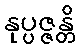
နုပ္ပဇ္ဇန္တိ